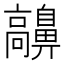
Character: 𩫬